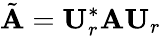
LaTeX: \tilde{\mathbf{A}}=\mathbf{U}_{r}^{*}\mathbf{A}\mathbf{U}_{r}